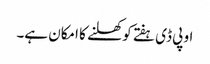
او پی ڈی ہفتے کو کھلنے کا امکان ہے۔